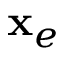
\mathbf { x } _ { e }